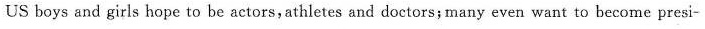
US boys and girls hope to be actors, athletes and doctors; many even want to become presi-